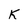
Character: k